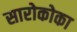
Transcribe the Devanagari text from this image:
सारोकोका